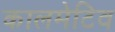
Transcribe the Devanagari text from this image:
कालमेटिव